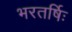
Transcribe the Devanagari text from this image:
भरतर्षिः